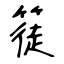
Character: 簁